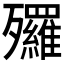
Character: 𣩿